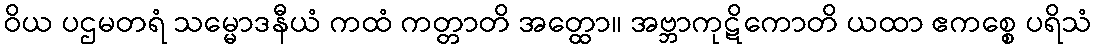
ဝိယ ပဌမတရံ သမ္မောဒနီယံ ကထံ ကတ္တာတိ အတ္ထော။ အဗ္ဘာကုဋိကောတိ ယထာ ဧကစ္စေ ပရိသံ